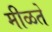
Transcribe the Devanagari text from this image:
मीळते